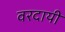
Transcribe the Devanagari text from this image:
वरदायी